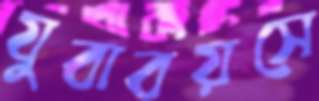
যুবাবয়সে